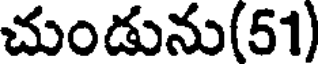
చుండును(51)